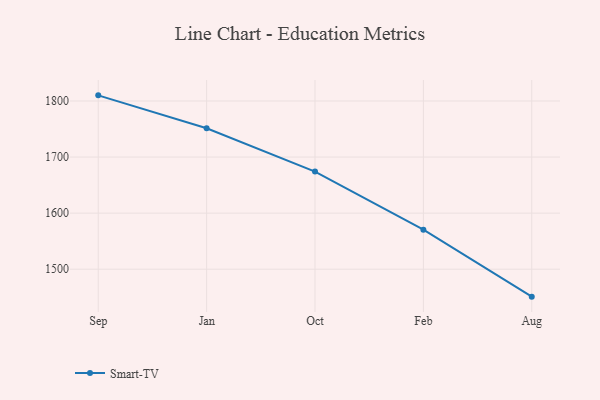
{"axis": {"x": "Month", "y": "Waste Production (Tons)"}, "legend": ["Smart-TV"], "data": [{"x": "Sep", "y": 1810.1, "type": "Smart-TV"}, {"x": "Jan", "y": 1751.5, "type": "Smart-TV"}, {"x": "Oct", "y": 1674.1, "type": "Smart-TV"}, {"x": "Feb", "y": 1570.4, "type": "Smart-TV"}, {"x": "Aug", "y": 1451.0, "type": "Smart-TV"}]}